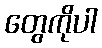
တွေကိုပါ